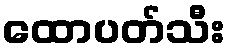
ထောပတ်သီး